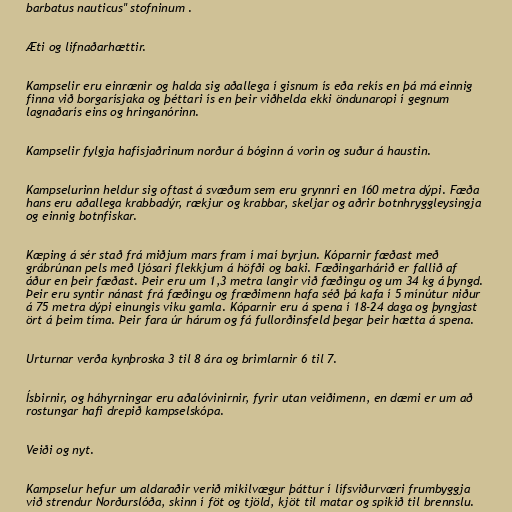
barbatus nauticus" stofninum .

Æti og lifnaðarhættir.

Kampselir eru einrænir og halda sig aðallega í gisnum ís eða rekís en þá má einnig
finna við borgarísjaka og þéttari ís en þeir viðhelda ekki öndunaropi í gegnum
lagnaðarís eins og hringanórinn.

Kampselir fylgja hafísjaðrinum norður á bóginn á vorin og suður á haustin.

Kampselurinn heldur sig oftast á svæðum sem eru grynnri en 160 metra dýpi. Fæða
hans eru aðallega krabbadýr, rækjur og krabbar, skeljar og aðrir botnhryggleysingja
og einnig botnfiskar.

Kæping á sér stað frá miðjum mars fram í maí byrjun. Kóparnir fæðast með
grábrúnan pels með ljósari flekkjum á höfði og baki. Fæðingarhárið er fallið af
áður en þeir fæðast. Þeir eru um 1,3 metra langir við fæðingu og um 34 kg á þyngd.
Þeir eru syntir nánast frá fæðingu og fræðimenn hafa séð þá kafa í 5 mínútur niður
á 75 metra dýpi einungis viku gamla. Kóparnir eru á spena í 18-24 daga og þyngjast
ört á þeim tíma. Þeir fara úr hárum og fá fullorðinsfeld þegar þeir hætta á spena.

Urturnar verða kynþroska 3 til 8 ára og brimlarnir 6 til 7.

Ísbirnir, og háhyrningar eru aðalóvinirnir, fyrir utan veiðimenn, en dæmi er um að
rostungar hafi drepið kampselskópa.

Veiði og nyt.

Kampselur hefur um aldaraðir verið mikilvægur þáttur í lífsviðurværi frumbyggja
við strendur Norðurslóða, skinn í föt og tjöld, kjöt til matar og spikið til brennslu.